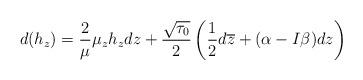
LaTeX: \begin{align*}d(h_z)=\frac{2}{\mu}\mu_zh_zdz+\frac{\sqrt{\tau_0}}{2}\left(\frac{1}{2}d\overline{z}+(\alpha-I\beta)dz\right)\end{align*}